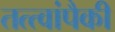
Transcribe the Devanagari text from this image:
तत्त्वांपैकी